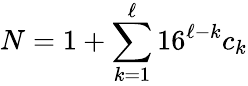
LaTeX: N=1+\sum_{k=1}^{\ell}16^{\ell-k}c_{k}